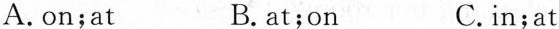
A.on;at B.at;on C.in;at